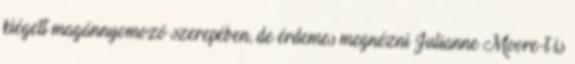
kiégett magánnyomozó szerepében, de érdemes megnézni Julianne Moore-t is